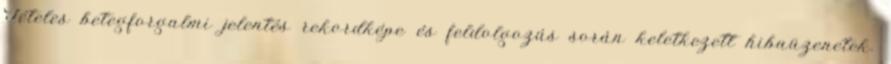
Tételes betegforgalmi jelentés rekordképe és feldolgozás során keletkezett hibaüzenetek.